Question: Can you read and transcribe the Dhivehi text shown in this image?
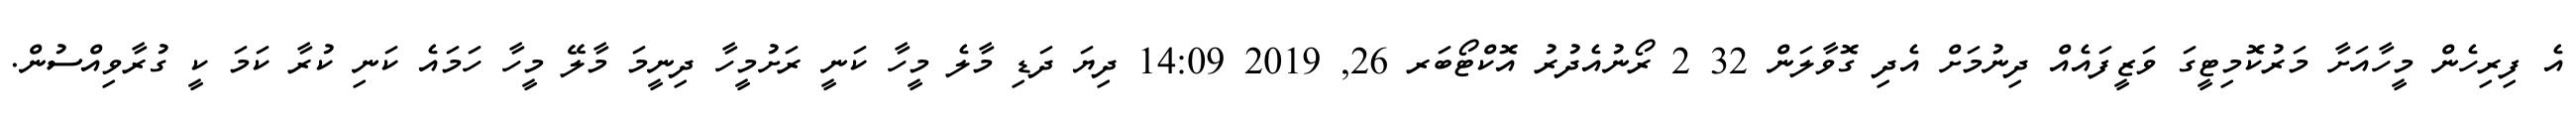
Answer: އެ ފިރިހެން މީހާއަށާ މަރުކޮމިޓީގަ ވަޒީފައެއް ދިނުމަށް އެދި ގޮވާލަން 32 2 ރޯނުއެދުރު އޮކްޓޯބަރ 26, 2019 14:09 ދިޔަ ދަޑި މާލެ މީހާ ކަނީ ރަށުމީހާ ދިނީމަ މާލޭ މީހާ ހަމައެ ކަނި ކުރާ ކަމަ ކީ ގުރާވިއްސުން.